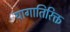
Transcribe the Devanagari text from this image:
यागातिरिक्त